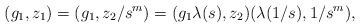
LaTeX: \begin{align*}(g_1,z_1)=(g_1,z_2/s^m)=(g_1\lambda(s),z_2)(\lambda(1/s),1/s^m),\end{align*}